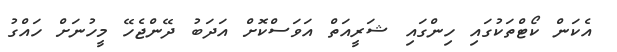
އެކަން ކޯޓްތަކުގައި ހިންގައި ޝަރީއަތް އަވަސްކޮށް އަދަބު ދޭންޖެހޭ މީހުނަށް ހައްގު